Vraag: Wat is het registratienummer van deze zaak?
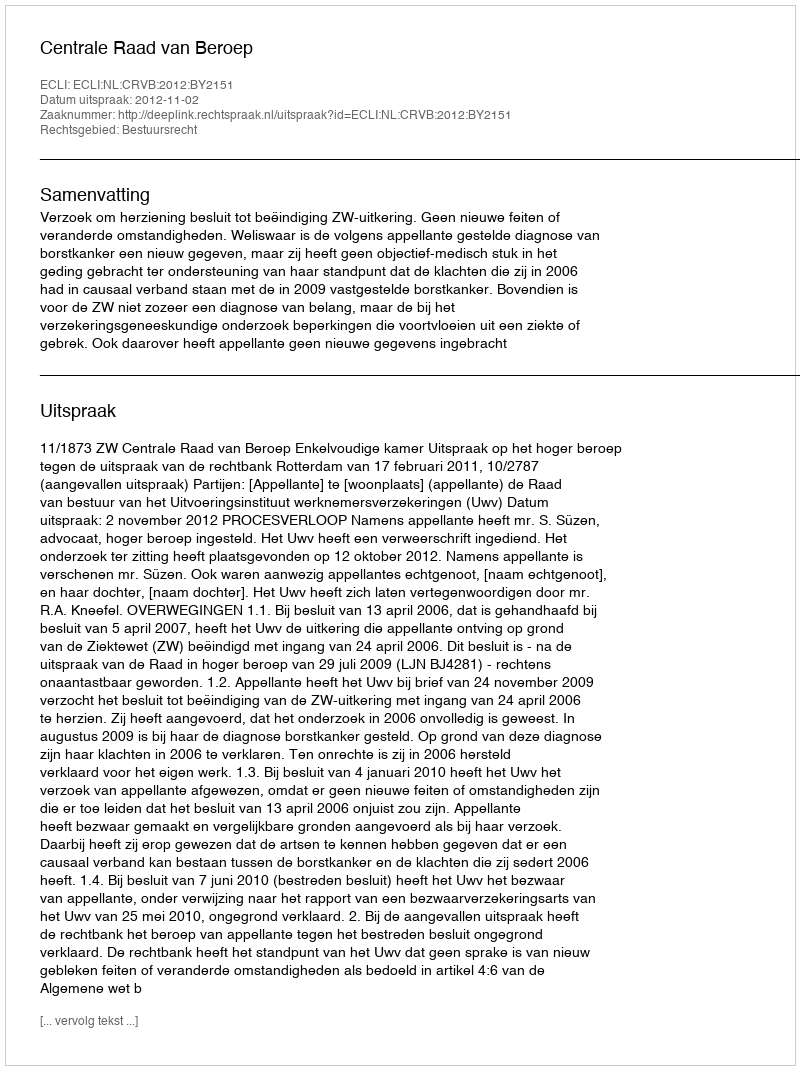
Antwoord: http://deeplink.rechtspraak.nl/uitspraak?id=ECLI:NL:CRVB:2012:BY2151